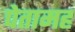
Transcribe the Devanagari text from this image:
पेतामह